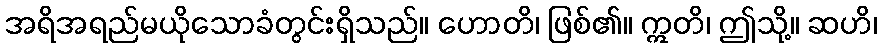
အရိအရည်မယိုသောခံတွင်းရှိသည်။ ဟောတိ၊ ဖြစ်၏။ ဣတိ၊ ဤသို့။ ဆဟိ၊